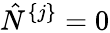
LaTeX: \hat{N}^{\{ j\} }=0